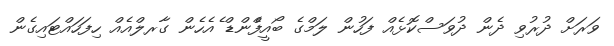
ވަރަށް ދުރުވި ދެން ދުވަސްކޮޅެއް ފަހުން ލަމްގެ ބޯއީފްެންޑް ެއެހެން ގާރލްއެއް ހިފަހައްޓައިގެން